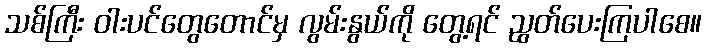
သစ်ကြီး ဝါးပင်တွေတောင်မှ လွမ်းနွယ်ကို တွေ့ရင် ညွတ်ပေးကြပါစေ။